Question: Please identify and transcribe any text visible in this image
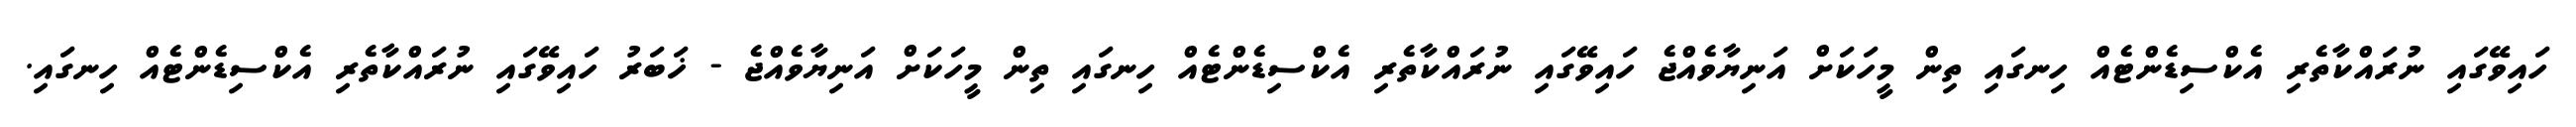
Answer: ހައިވޭގައި ނުރައްކާތެރި އެކްސިޑެންޓެއް ހިނގައި ތިން މީހަކަށް އަނިޔާވެއްޖެ ހައިވޭގައި ނުރައްކާތެރި އެކްސިޑެންޓެއް ހިނގައި ތިން މީހަކަށް އަނިޔާވެއްޖެ - ޚަބަރު ހައިވޭގައި ނުރައްކާތެރި އެކްސިޑެންޓެއް ހިނގައި.